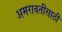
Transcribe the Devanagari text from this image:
अमरावतीसाठी